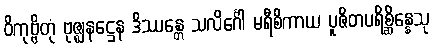
ဝိကုဗ္ဗိတုံ ဗုဇ္ဈနဋ္ဌေန ဒိဿန္တေ သလိင်္ဂေါ မရီစိကာယ ပူဇိတပရိစ္ဆိန္နေသု